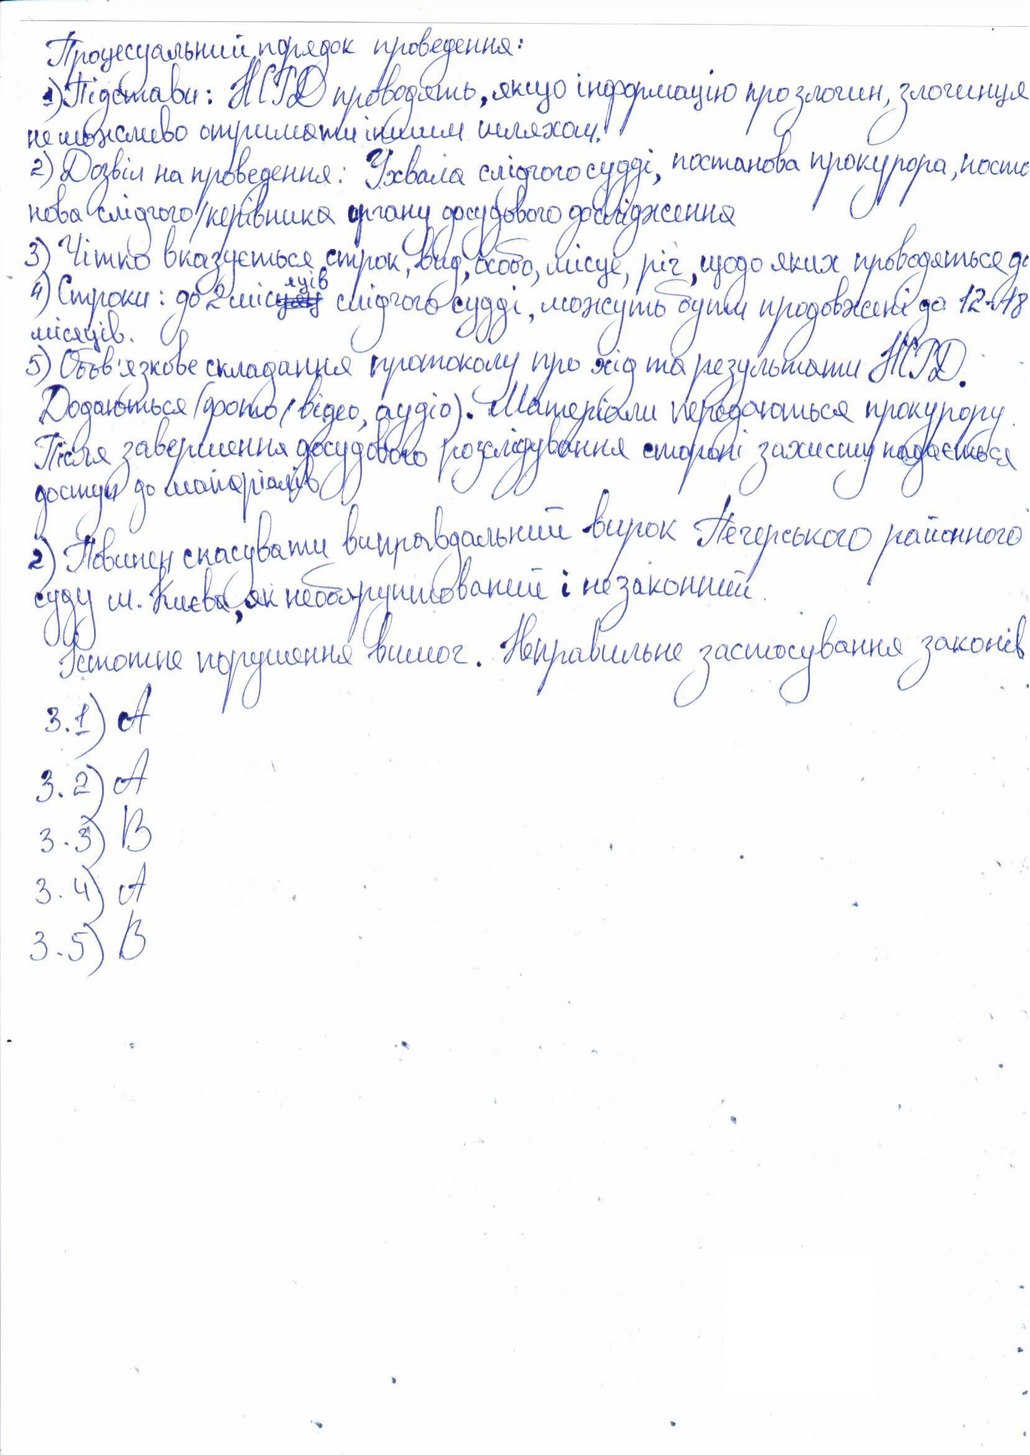
Процесуальний порядок проведення:
1) Підстави: НСРД проводять, якщо інформацію про злочин, злочинця
неможливо отримати іншим шляхом.
2) Дозвіл на проведення: Ухвала слідчого судді, постанова прокурора, поста
нова слідчого/керівника органу досудового дослідження
3) Чітко вказується строк,вид,особа,місце,річ,щодо яких проводяться до
4) Строки: до 2 міс~~уяц~~{яців} слідчого судді, можуть бути продовжені до 12-18
місяців.
5) Обов'язкове складання протоколу про хід та результати НСРД.
Додаються (фото, відео, аудіо). Матеріали передаються прокурору.
Після завершення досудового розслідування стороні захисту надається
доступ до матеріалів
2) Повинен скасувати виправдальний вирок Печерського  районного
суду м. Києва, як необґрунтований і незаконний.
Істотне порушення вимог. Неправильне застосування законів
3.1) A
3.2) A
3.3) B
3. 4) A
3.5) B